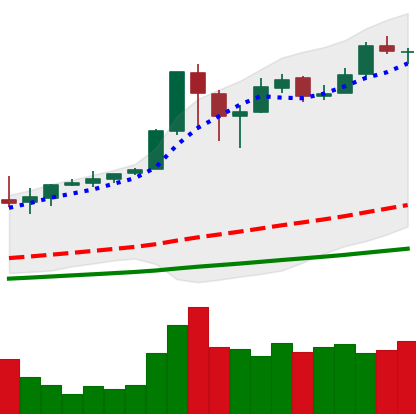
Ticker: BTC-USD
Chart end date: 2017-12-18
Forward return: -23.098%
Label: down_7plus